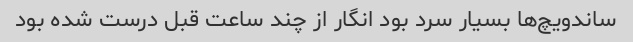
ساندویچ‌ها بسیار سرد بود انگار از چند ساعت قبل درست شده بود